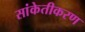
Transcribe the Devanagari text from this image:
सांकेतीकरण